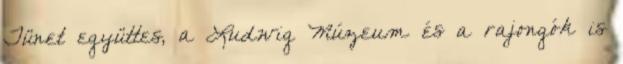
Tünet együttes, a Ludwig Múzeum és a rajongók is